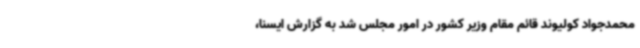
محمدجواد کولیوند قائم مقام وزیر کشور در امور مجلس شد به گزارش ایسنا،